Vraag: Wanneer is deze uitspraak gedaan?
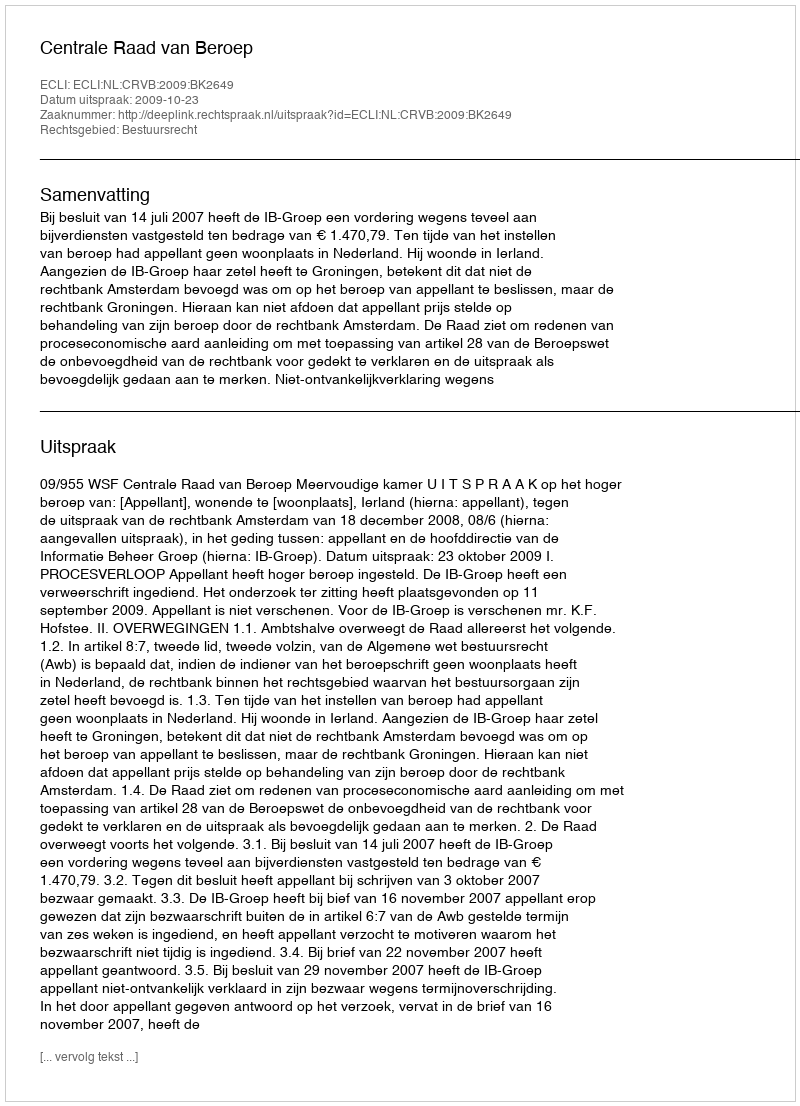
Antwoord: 2009-10-23